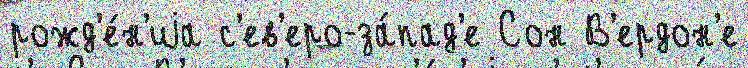
рожд'е́н'иjа с'ев'еро-за́пад'е Сон В'ердон'е